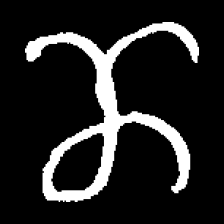
Pyu character \u2014 Myanmar letter: ဏ (romanized: nna)